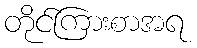
တိုင်ကြားစာအရ